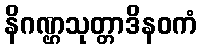
နိဂဏ္ဌသုတ္တာဒိနဝကံ